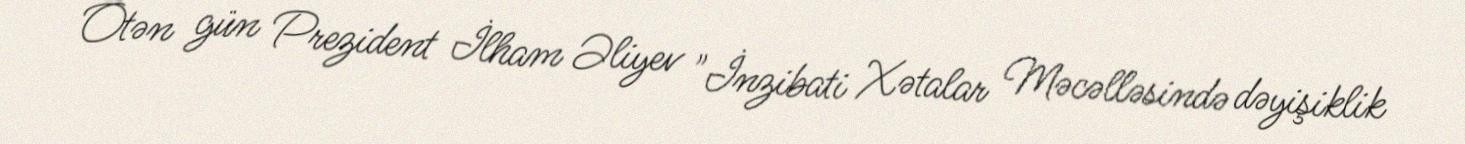
Ötən gün Prezident İlham Əliyev "İnzibati Xətalar Məcəlləsində dəyişiklik